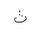
Letter: _tha